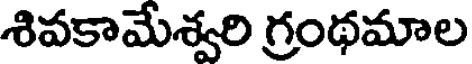
శివకామేశ్వరి గ్రంథమాల